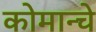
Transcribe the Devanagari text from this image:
कोमान्चे